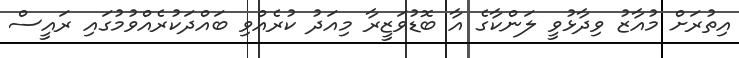
އިތުރަށް މުއާޒު ވިދާޅުވީ ލަންކާގެ އާ ބޮޑުވަޒީރާ މިއަދު ކުރެއްވި ބައްދަކުރެއްވުމުގައި ރައީސް